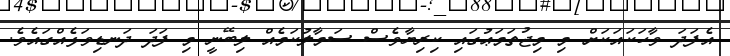
އެފަދަ ވާހަކައަކަށް މި މިޖުތަމަޢުގައި ކިރިޔާވެސް ސަމާލުކަމެއް ލިބޭނީ މި ފަދަ ދަނޑިވަޅެއްގައެވެ.